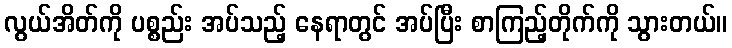
လွယ်အိတ်ကို ပစ္စည်း အပ်သည့် နေရာတွင် အပ်ပြီး စာကြည့်တိုက်ကို သွားတယ်။